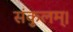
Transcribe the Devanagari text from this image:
संकुलम्‌।